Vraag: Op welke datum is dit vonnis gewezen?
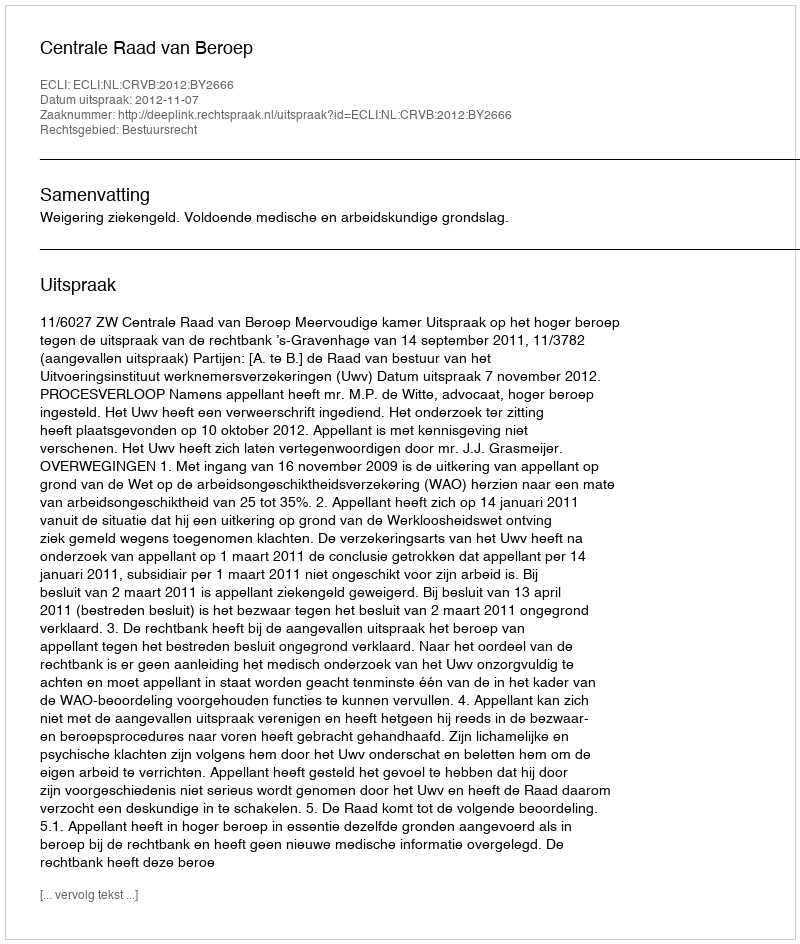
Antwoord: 2012-11-07